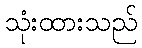
သုံးထားသည်